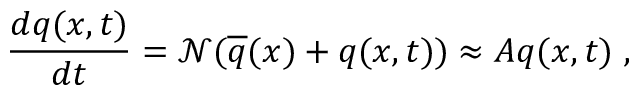
\frac { d \boldsymbol { q } ( \boldsymbol { x } , t ) } { d t } = \mathcal { N } ( \overline { { \boldsymbol { q } } } ( x ) + \boldsymbol { q } ( \boldsymbol { x } , t ) ) \approx \boldsymbol { A } \boldsymbol { q } ( \boldsymbol { x } , t ) \mathrm { ~ , ~ }